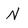
Character: N